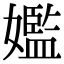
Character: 㜮